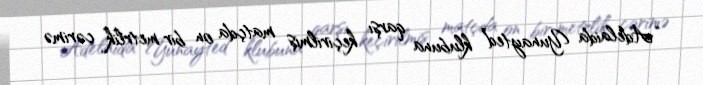
“Adelaida Yunayted” klubuna qarşı keçirilmiş matçda on bir metrlik cərimə